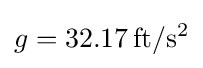
g=32.17\,\mathrm {ft/s^{2}}